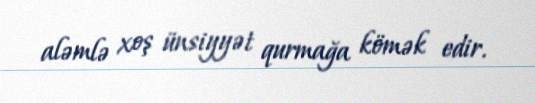
aləmlə xoş ünsiyyət qurmağa kömək edir.